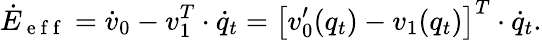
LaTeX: \dot{E}_{\mathrm{~e~f~f~}}=\dot{v}_{0}-v_{1}^{T}\cdot\dot{q}_{t}=\left[v_{0}^{\prime}(q_{t})-v_{1}(q_{t})\right]^{T}\cdot\dot{q}_{t}.